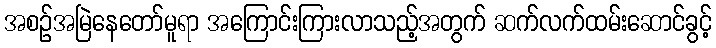
အစဉ်အမြဲနေတော်မူရာ အကြောင်းကြားလာသည့်အတွက် ဆက်လက်ထမ်းဆောင်ခွင့်